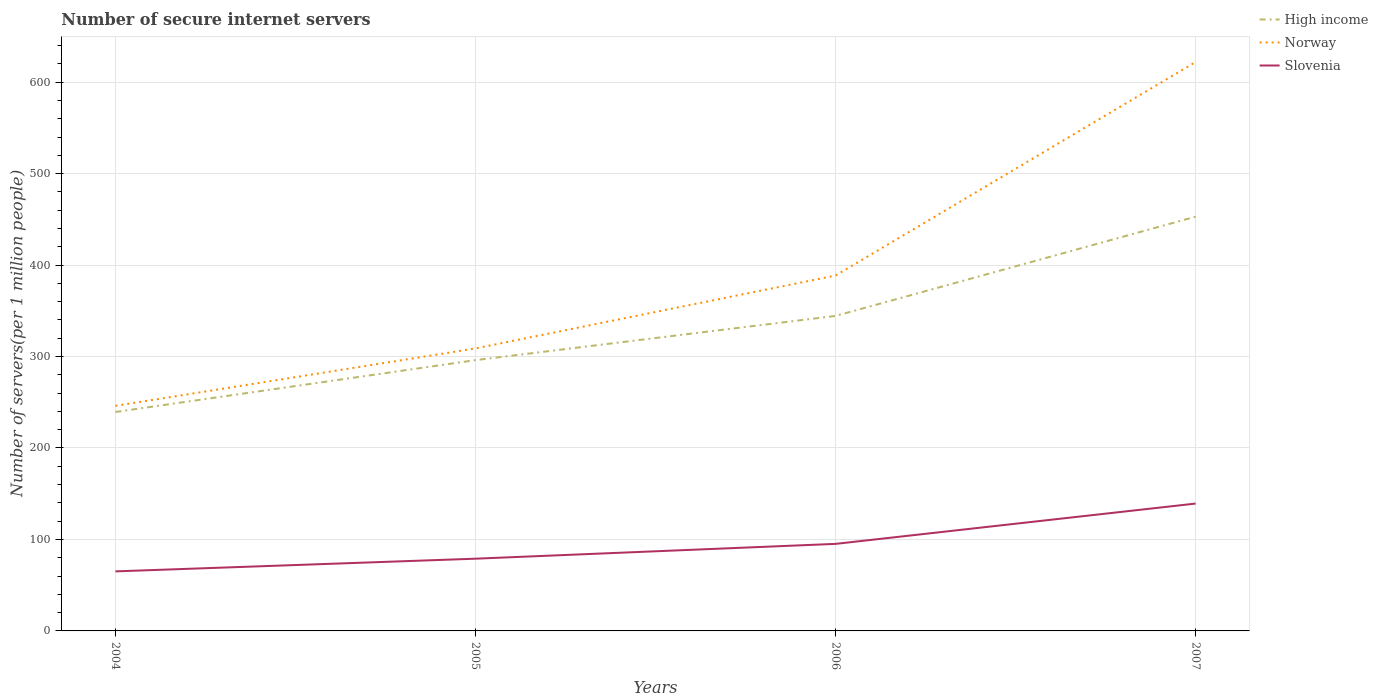
| Years | High income | Norway | Slovenia |
 | --- | --- | --- | --- |
 | 2004 | 239 | 246 | 65.1 |
 | 2005 | 296 | 309 | 79 |
 | 2006 | 344 | 389 | 95.2 |
 | 2007 | 453 | 622 | 139 |